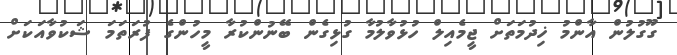
ގޫގުލުން އާންމު ޚިދުމަތަށް ޖީމެއިލް ހުޅުވާލުމާ ގުޅިގެން ބޭނުންކުރާ މީހުންގެ ފުރަތަމަ ޝަކުވާއަކަށް